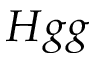
H g g